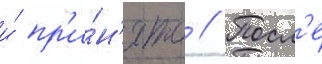
и́ пр'и́н'ято // Посл'е